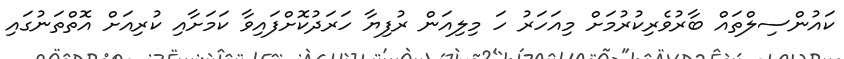
ކައުންސިލްތައް ބާރުވެރިކުރުމަށް މިއަހަރު ހަ މިލިއަން ރުފިޔާ ހަަރަދުކޮށްފައިވާ ކަމަށާއި ކުރިއަށް އޮތްތަނުގައި